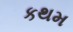
કથમ